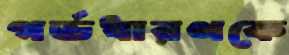
গর্ভধারণকে